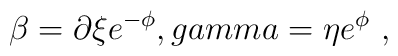
\beta=\partial \xi e^{-\phi}, \\gamma=\eta e^{\phi} \ ,